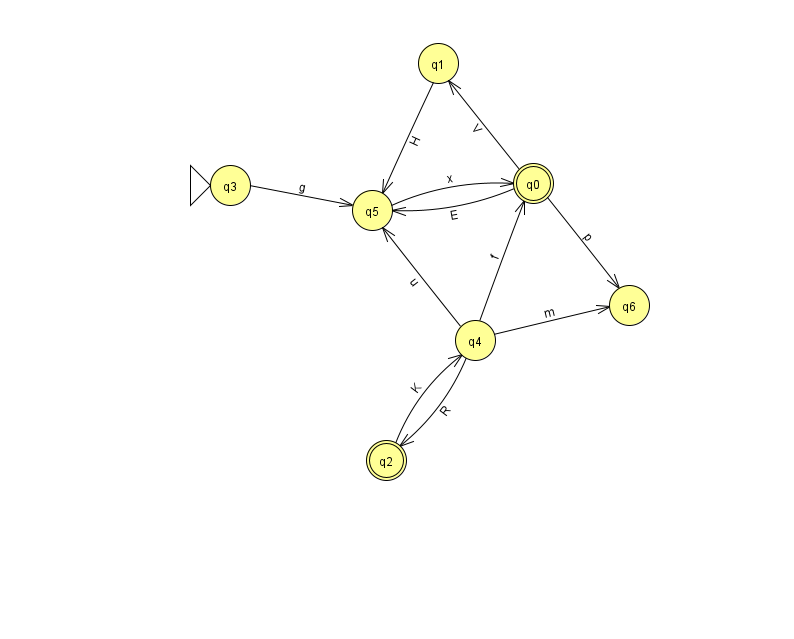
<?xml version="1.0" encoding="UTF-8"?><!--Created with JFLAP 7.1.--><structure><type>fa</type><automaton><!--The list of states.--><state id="0" name="q0"><x>533.0</x><y>170.0</y><final/></state><state id="1" name="q1"><x>438.0</x><y>50.0</y></state><state id="2" name="q2"><x>386.0</x><y>447.0</y><final/></state><state id="3" name="q3"><x>230.0</x><y>172.0</y><initial/></state><state id="4" name="q4"><x>475.0</x><y>327.0</y></state><state id="5" name="q5"><x>372.0</x><y>197.0</y></state><state id="6" name="q6"><x>629.0</x><y>292.0</y></state><!--The list of transitions.--><transition><from>4</from><to>0</to><read>f</read></transition><transition><from>0</from><to>5</to><read>E</read></transition><transition><from>0</from><to>6</to><read>p</read></transition><transition><from>4</from><to>2</to><read>R</read></transition><transition><from>4</from><to>5</to><read>u</read></transition><transition><from>0</from><to>1</to><read>V</read></transition><transition><from>3</from><to>5</to><read>g</read></transition><transition><from>4</from><to>6</to><read>m</read></transition><transition><from>2</from><to>4</to><read>K</read></transition><transition><from>1</from><to>5</to><read>H</read></transition><transition><from>5</from><to>0</to><read>x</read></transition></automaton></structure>